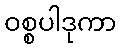
ဝစ္စပါဒုကာ